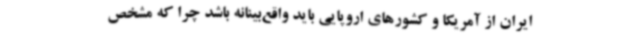
ایران از آمریکا و کشورهای اروپایی باید واقع‌بینانه باشد چرا که مشخص